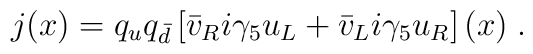
j(x)=   q_{u}q_{\bar d}\left[ \bar v_{R}i\gamma _{5}u_{L} + \bar v_{L}i\gamma _{5}u_{R}\right](x) \; .